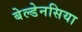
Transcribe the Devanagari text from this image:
बेल्डेनसिया